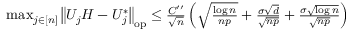
\begin{array} { r } { \operatorname* { m a x } _ { j \in [ n ] } \left\| { U _ { j } H - U _ { j } ^ { * } } \right\| _ { \mathrm { o p } } \leq \frac { C ^ { \prime \prime } } { \sqrt { n } } \left( \sqrt { \frac { \log n } { n p } } + \frac { \sigma \sqrt { d } } { \sqrt { n p } } + \frac { \sigma \sqrt { \log n } } { \sqrt { n p } } \right) } \end{array}